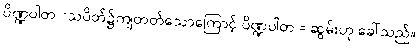
ပိဏ္ဍပါတ =သပိတ်၌ကျတတ်သောကြောင့် ပိဏ္ဍပါတ = ဆွမ်းဟု ခေါ်သည်။